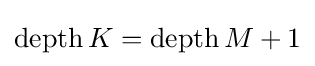
\operatorname {depth} K=\operatorname {depth} M+1